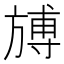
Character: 𣄎